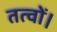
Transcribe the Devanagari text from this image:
तत्वों।